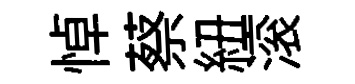
悼蔡紐滚